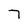
Character: 7